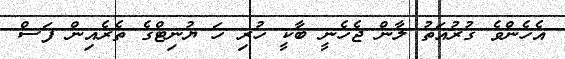
އެހެންވެ ގުރުއަތު ލާން ޖެހެނީ ބާކީ ހުރި ހަ ޔުނިޓްގެ ތެރެއިން ފަސް